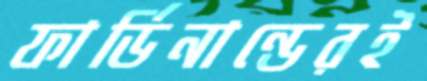
ফার্ডিনান্ডেরই